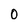
Character: 0